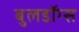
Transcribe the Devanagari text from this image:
बुलडॉग्‍स